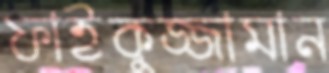
ফাইকুজ্জামান